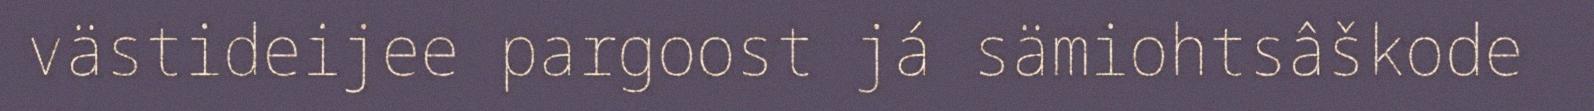
västideijee pargoost já sämiohtsâškode